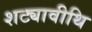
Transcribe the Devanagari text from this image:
शट्यावीथि